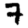
Digit: 7